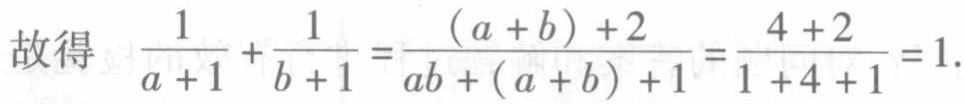
故得 \(\frac{1}{a + 1} + \frac{1}{b + 1} = \frac{(a + b)+2}{ab+(a + b)+1}=\frac{4 + 2}{1 + 4 + 1}=1\).